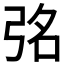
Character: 𭚮